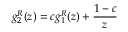
g _ { 2 } ^ { R } ( z ) = c g _ { 1 } ^ { R } ( z ) + \frac { 1 - c } { z }